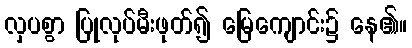
လှပစွာ ပြုလုပ်မီးဖုတ်၍ မြေကျောင်း၌ နေ၏။